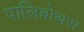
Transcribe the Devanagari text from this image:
पालिबोथरा